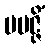
ပပဇ္ဇိံ